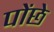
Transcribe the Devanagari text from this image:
पोंछे